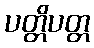
ပတ္တိပတ္တ